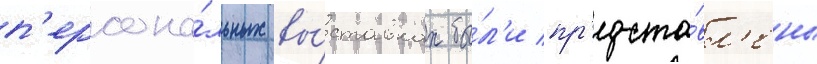
п'ерсона́льных вы́ставках бы́л'и пр'едста́вл'ены